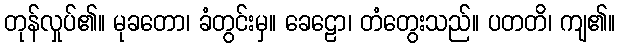
တုန်လှုပ်၏။ မုခတော၊ ခံတွင်းမှ။ ခေဠော၊ တံတွေးသည်။ ပတတိ၊ ကျ၏။